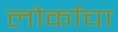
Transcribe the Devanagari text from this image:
लोर्काचा